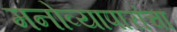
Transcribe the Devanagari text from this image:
मनोव्यापारांचा